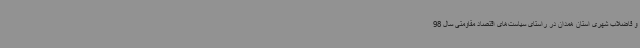
و فاضلاب شهری استان همدان در راستای سیاست‌های اقتصاد مقاومتی سال 98